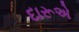
દારૂએ